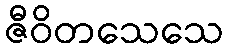
ဇီဝိတသေသေ